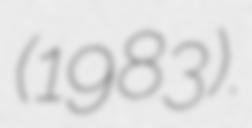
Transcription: (1983).